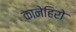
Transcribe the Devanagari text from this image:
कानेहिरो